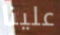
علينا